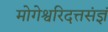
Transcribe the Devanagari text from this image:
मोगेश्वरिदत्तसंज्ञं